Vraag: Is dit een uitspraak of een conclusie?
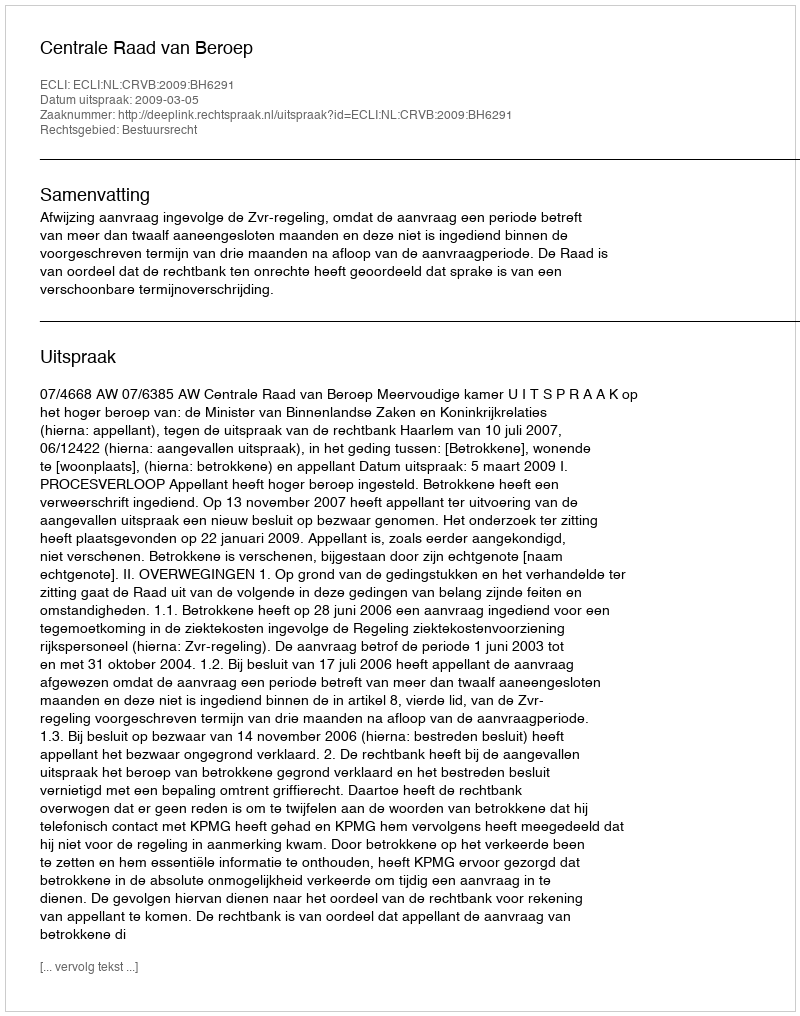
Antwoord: Uitspraak